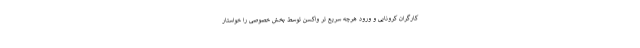
کارگران کرونایی و ورود هرچه سریع تر واکسن توسط بخش خصوصی را خواستار